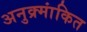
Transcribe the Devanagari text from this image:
अनुक्र्मांकित